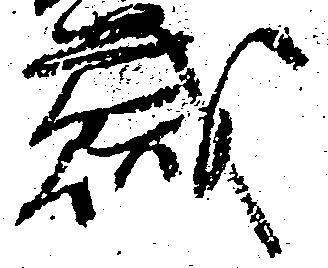
賊